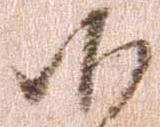
候